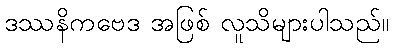
ဒဿနိကဗေဒ အဖြစ် လူသိများပါသည်။